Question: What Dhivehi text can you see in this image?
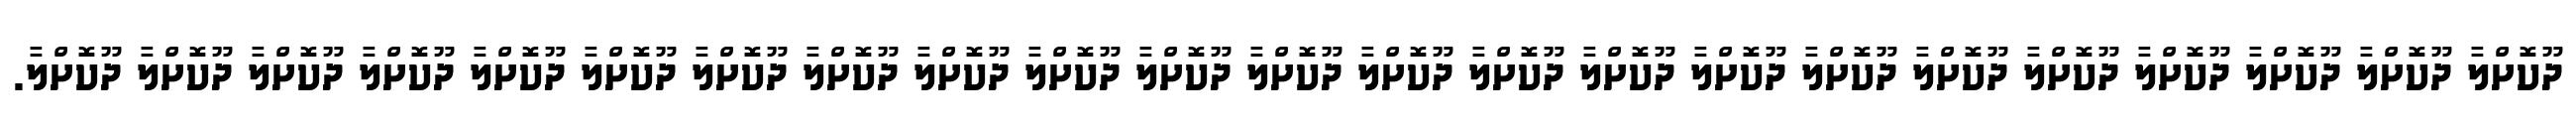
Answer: ދޫކޮށްލާ ދޫކޮށްލާ ދޫކޮށްލާ ދޫކޮށްލާ ދޫކޮށްލާ ދޫކޮށްލާ ދޫކޮށްލާ ދޫކޮށްލާ ދޫކޮށްލާ ދޫކޮށްލާ ދޫކޮށްލާ ދޫކޮށްލާ ދޫކޮށްލާ ދޫކޮށްލާ ދޫކޮށްލާ ދޫކޮށްލާ ދޫކޮށްލާ ދޫކޮށްލާ ދޫކޮށްލާ ދޫކޮށްލާ ދޫކޮށްލާ ދޫކޮށްލާ ދޫކޮށްލާ.